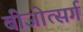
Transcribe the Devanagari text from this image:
बीजोत्सर्ग